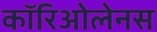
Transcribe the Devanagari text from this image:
कॉरिओलेनस